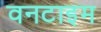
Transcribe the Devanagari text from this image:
वनटाइम